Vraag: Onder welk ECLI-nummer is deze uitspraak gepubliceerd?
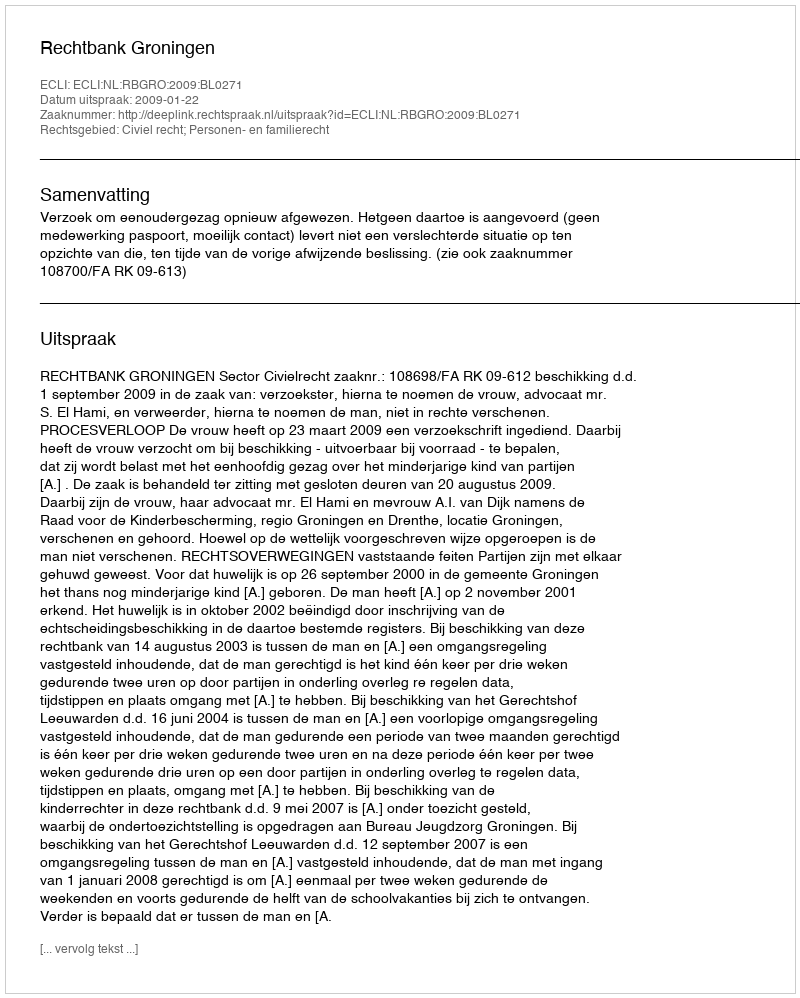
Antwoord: ECLI:NL:RBGRO:2009:BL0271